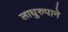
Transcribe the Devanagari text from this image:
लाघुरुपाने